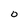
Character: O